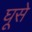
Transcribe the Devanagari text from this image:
घूसे